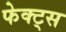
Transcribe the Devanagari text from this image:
फेक्ट्स